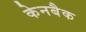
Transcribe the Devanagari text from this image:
केनबैक